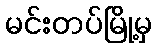
မင်းတပ်မြို့မှ